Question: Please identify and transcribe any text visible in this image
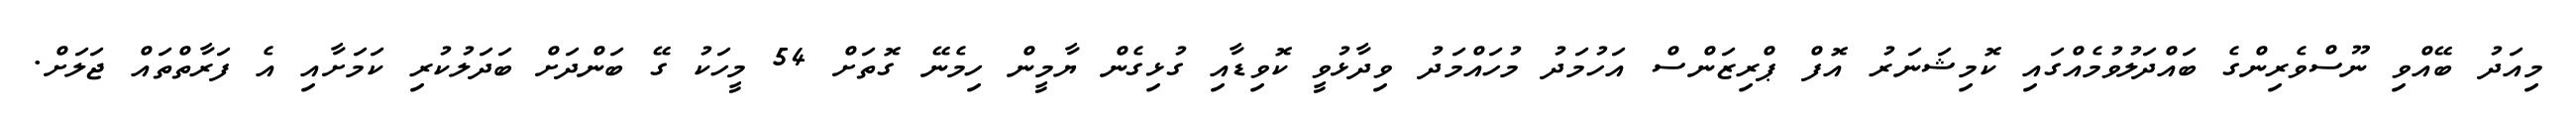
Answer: މިއަދު ބޭއްވި ނޫސްވެރިންގެ ބައްދަލުވުމެއްގައި ކޮމިޝަނަރު އޮފް ޕްރިޒަންސް އަހުމަދު މުހައްމަދު ވިދާޅުވީ ކޮވިޑާއި ގުޅިގެން ޔާމީން ހިމެނޭ ގޮތަށް 54 މީހަކު ގޭ ބަންދަށް ބަދަލުކުރި ކަމަށާއި އެ ފަރާތްތައް ޖަލަށް.